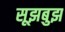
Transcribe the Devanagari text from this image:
सूझबुझ